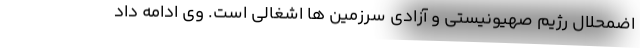
اضمحلال رژیم صهیونیستی و آزادی سرزمین ها اشغالی است. وی ادامه داد